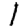
Digit: 1